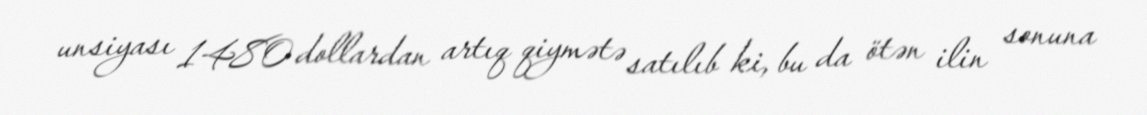
unsiyası 1480 dollardan artıq qiymətə satılıb ki, bu da ötən ilin sonuna